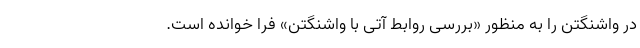
در واشنگتن را به منظور «بررسی روابط آتی با واشنگتن» فرا خوانده است.